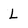
Character: L